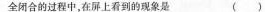
全闭合的过程中，在屏上看到的现象是（）